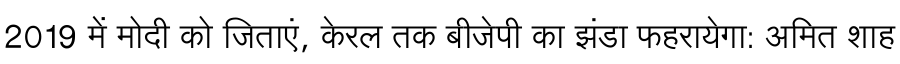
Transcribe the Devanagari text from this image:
2019 में मोदी को जिताएं, केरल तक बीजेपी का झंडा फहरायेगा: अमित शाह